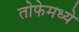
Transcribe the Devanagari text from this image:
तोफेमध्ये